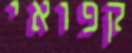
קפואי